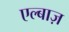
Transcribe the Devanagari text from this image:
एल्बाज़